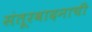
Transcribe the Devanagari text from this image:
संतूरवादनाची